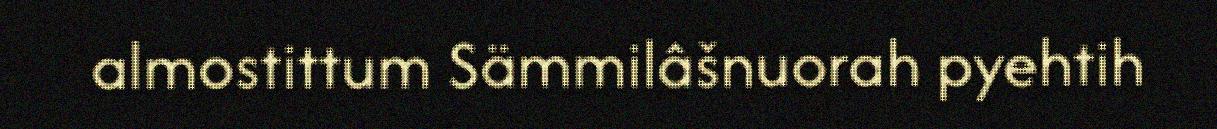
almostittum Sämmilâšnuorah pyehtih